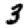
Digit: 3